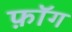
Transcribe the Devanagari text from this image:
फ़ॉग